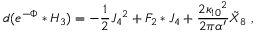
d ( e ^ { - \Phi } * H _ { 3 } ) = - { \frac { 1 } { 2 } } J _ { 4 } { } ^ { 2 } + F _ { 2 } * J _ { 4 } + { \frac { 2 \kappa _ { 1 0 } { } ^ { 2 } } { 2 \pi \alpha ^ { \prime } } } { \tilde { X } } _ { 8 } \ ,